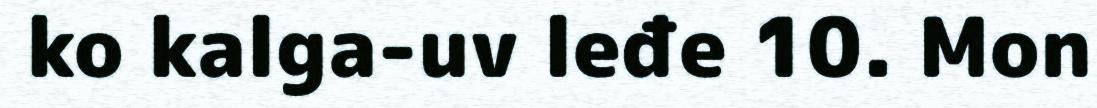
ko kalga-uv leđe 10. Mon